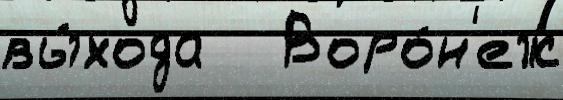
вы́хода   Воро́н'еж